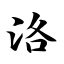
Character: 洛